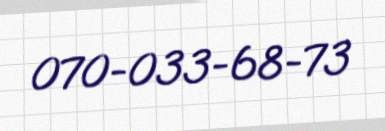
070-033-68-73